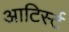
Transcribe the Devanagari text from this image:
आटिर्स्ट